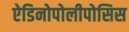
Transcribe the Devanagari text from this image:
ऐडिनोपोलीपोसिस